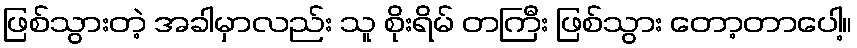
ဖြစ်သွားတဲ့ အခါမှာလည်း သူ စိုးရိမ် တကြီး ဖြစ်သွား တော့တာပေါ့။